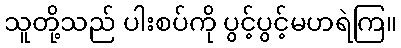
သူတို့သည် ပါးစပ်ကို ပွင့်ပွင့်မဟရဲကြ။